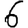
Digit: 6